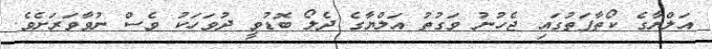
އަލްޔާގެ ކޯތާފަތުގައި ޖެހުނު ވަގުތު އަލްޔާގެ ދެލޯ ބޮޑުވީ ދުވަހަކު ވެސް ނުވާވަރަށެވެ.